Civil Veterinary Department Bihar reports 1940-50 - 1940-1950
Year: 1940
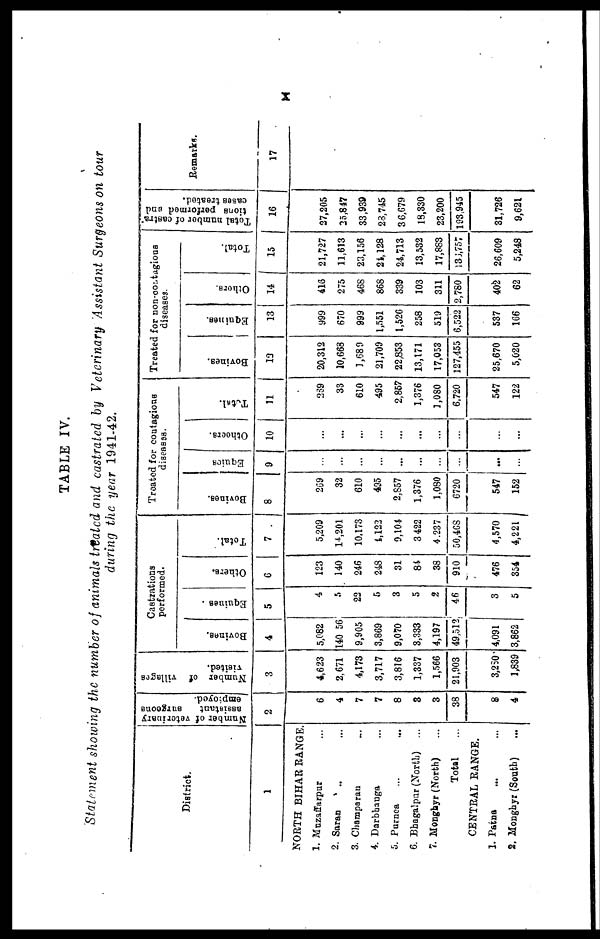
X
TABLE IV.
Statement showing the number of animals treated and castrated by Veterinary Assistant Surgeons on tour
during the year 1941-42.
District.
1
NORTH BIHAR RANGE.
1. Muzaffarpur ...
2. Saran ... ...
3. Champaran ...
4. Darbhanga ...
5. Purnca ... ...
6. Bhagalpur (North) ...
7. Monghyr (North) ...
Total ...
CENTRAL RANGE.
J. Patna ... ...
2. Monghyr (South) ...
Number of veterinary
assistant
surgeons
employed.
2
6
4
7
7
8
3
3
38
8
4
Number of villages
visited.
3
4,623
2,671
4,173
3,717
3,816
1,337
1,566
21,903
3,230
1,839
Castrations
performed.
Bovines.
4
5,082
140 56
9,905
3,869
9,070
3,333
4,197
49,512
4,091
3,862
Equiues .
5
4
5
22
ft
3
5
2
46
3
5
Others.
6
123
140
246
248
31
84
38
910
476
354
Total.
7
5,209
14,201
10.173
1,123
9,104
3 422
4.237
50,468
4,570
4,221
Treated for contagious
diseases.
Bovines.
8
269
32
610
495
2,857
1,376
1,080
6720
547
152
Equies
9
...
...
...
...
...
...
...
...
...
...
Others.
10
...
...
...
...
...
...
...
...
...
...
Total
11
239
33
610
495
2,857
1,376
1,080
6,720
547
122
Treated for non-contigious
diseases.
Bovines.
12
20,312
10,663
1,680
21,709
22,853
13,171
17,053
127,455
25,670
5,020
Equines.
13
999
670
999
1,551
1,526
258
519
6,522
537
166
Others.
14
413
275
468
868
339
103
311
2,780
402
62
Total.
15
21,727
11,613
23,156
21,128
24,713
13,532
17,883
131,757
26,609
5,248
Total number
of castra 3
tiona performed and 5
cases treated.
16
27,205
25,847
33,939
23,745
36,679
15,330
23,200
193,945
31,726
9,621
Remarks.
17